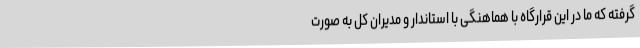
گرفته که ما در این قرارگاه با هماهنگی با استاندار و مدیران کل به صورت